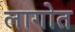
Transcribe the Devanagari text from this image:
लागोत